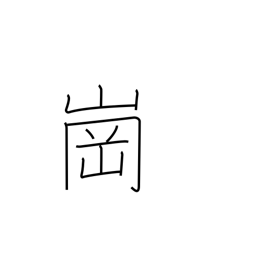
Meaning: hill